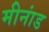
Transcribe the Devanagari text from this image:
मीनांड